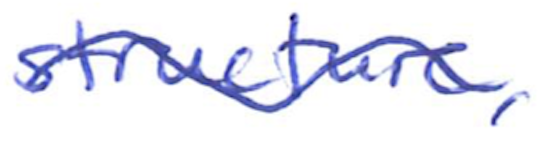
Text: structure,
Cross-out: wave
Writing tool: ballpoint